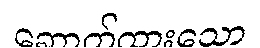
ဆောက်ထားသော